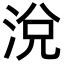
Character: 涗